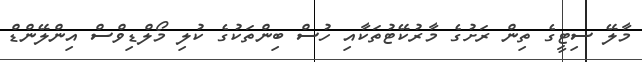
މާލޭ ސިޓީގެ ތިން ރަށުގެ މާރުކޭޓުތަކާއި ހުސް ބިންތަކުގެ ކުލި މޯލްޑިވްސް އިންލޭންޑް